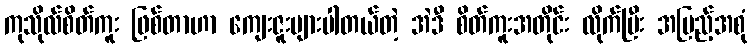
ကုသိုလ်စိတ်ကူး ဖြစ်တာဟာ ကျေးဇူးများပါတယ်တဲ့ အဲဒီ စိတ်ကူးအတိုင်း လိုက်ပြီး အပြည့်အစုံ